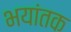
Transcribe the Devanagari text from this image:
भयांतक